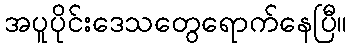
အပူပိုင်းဒေသတွေရောက်နေပြီ။